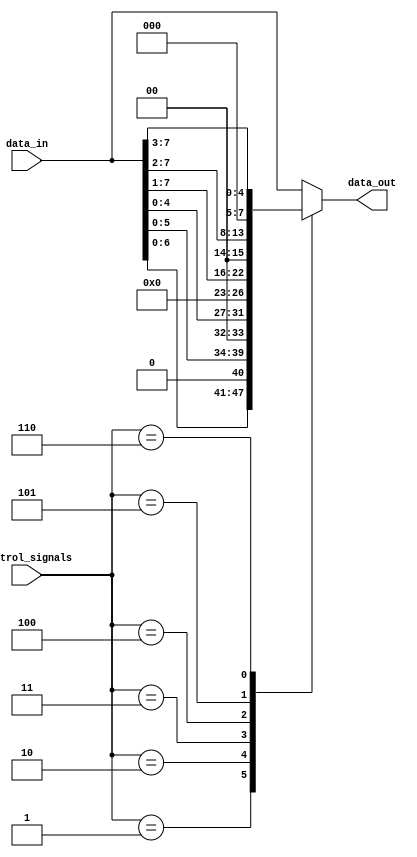
module Hybrid_Barrel_Shifter (
    input wire [7:0] data_in,
    input wire [2:0] control_signals,
    output reg [7:0] data_out
);

reg [7:0] temp;

always @ (*)
begin
    case (control_signals)
        3'b000: temp = data_in; // no shift
        3'b001: temp = data_in << 1; // shift left by 1
        3'b010: temp = data_in << 2; // shift left by 2
        3'b011: temp = data_in << 3; // shift left by 3
        3'b100: temp = data_in >> 1; // shift right by 1
        3'b101: temp = data_in >> 2; // shift right by 2
        3'b110: temp = data_in >> 3; // shift right by 3
        default: temp = data_in; // default to no shift
    endcase
end

assign data_out = temp;

endmodule